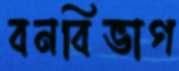
বনবিভাগ